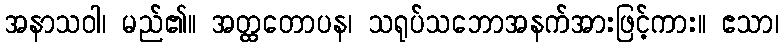
အနာသဝါ၊ မည်၏။ အတ္ထတောပန၊ သရုပ်သဘောအနက်အားဖြင့်ကား။ ဧသာ၊